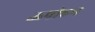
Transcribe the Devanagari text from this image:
ऊपोहन